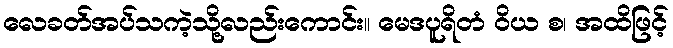
လေခတ်အပ်သကဲ့သို့လည်းကောင်း။ မေဒပူရိတံ ဝိယ စ၊ အထိဖြင့်